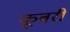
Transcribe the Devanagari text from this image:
कूबरी